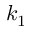
k _ { 1 }